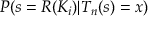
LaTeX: P ( s = R ( K _ { i } ) | T _ { n } ( s ) = x )